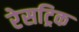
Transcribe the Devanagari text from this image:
रेसट्रिक